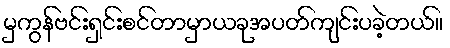
မှကွန်ဗင်းရှင်းစင်တာမှာယခုအပတ်ကျင်းပခဲ့တယ်။